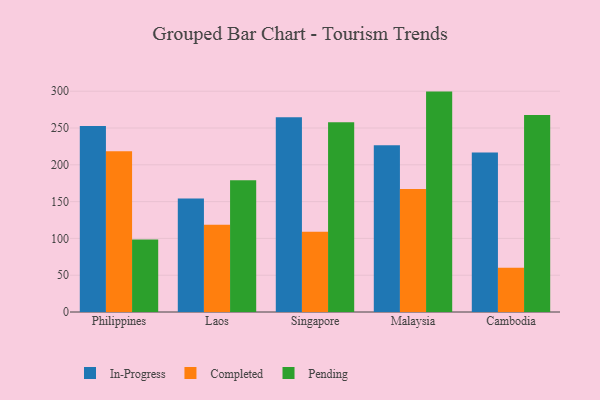
{"axis": {"x": "Country", "y": "Active Users"}, "legend": ["Completed", "In-Progress", "Pending"], "data": [{"x": "Philippines", "y": 252.7, "type": "In-Progress"}, {"x": "Philippines", "y": 218.6, "type": "Completed"}, {"x": "Philippines", "y": 98.5, "type": "Pending"}, {"x": "Laos", "y": 154.1, "type": "In-Progress"}, {"x": "Laos", "y": 118.5, "type": "Completed"}, {"x": "Laos", "y": 179.1, "type": "Pending"}, {"x": "Singapore", "y": 264.5, "type": "In-Progress"}, {"x": "Singapore", "y": 109.1, "type": "Completed"}, {"x": "Singapore", "y": 258.0, "type": "Pending"}, {"x": "Malaysia", "y": 226.7, "type": "In-Progress"}, {"x": "Malaysia", "y": 167.1, "type": "Completed"}, {"x": "Malaysia", "y": 299.5, "type": "Pending"}, {"x": "Cambodia", "y": 216.9, "type": "In-Progress"}, {"x": "Cambodia", "y": 60.3, "type": "Completed"}, {"x": "Cambodia", "y": 267.8, "type": "Pending"}]}